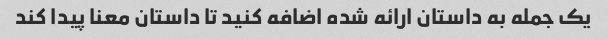
یک جمله به داستان ارائه شده اضافه کنید تا داستان معنا پیدا کند